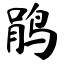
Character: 鹃